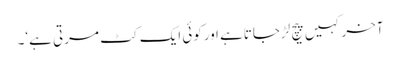
آخرکہیں پیچ لڑجاتاہے اورکوئی ایک کٹ مرتی ہے‘۔